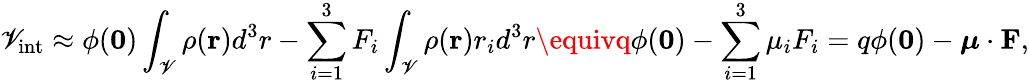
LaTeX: \mathscr{V}_{\mathrm{{int}}}\approx\phi(\mathbf{{0}})\int_{\mathcal{{\mathscr{V}}}}\rho(\mathbf{{r}})d^{3}r-\sum_{i=1}^{3}F_{i}\int_{\mathcal{{\mathscr{V}}}}\rho(\mathbf{{r}})r_{i}d^{3}r\equivq\phi(\mathbf{{0}})-\sum_{i=1}^{3}\mu_{i}F_{i}=q\phi(\mathbf{{0}})-{\boldsymbol{\mu}}\cdot\mathbf{{F}},